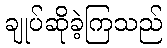
ချုပ်ဆိုခဲ့ကြသည်